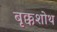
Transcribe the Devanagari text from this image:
बृक्कशोथ